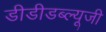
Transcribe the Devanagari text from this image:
डीडीडब्ल्यूजी